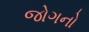
જોગનો